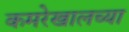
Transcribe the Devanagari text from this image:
कमरेखालच्या